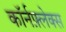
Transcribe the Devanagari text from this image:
कॉर्नफ़्लेक्स